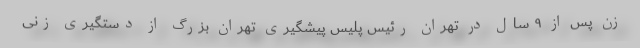
زن پس از ٩ سال در تهران رئیس پلیس پیشگیری تهران بزرگ از دستگیری زنی